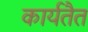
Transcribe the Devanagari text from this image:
कार्यतैत